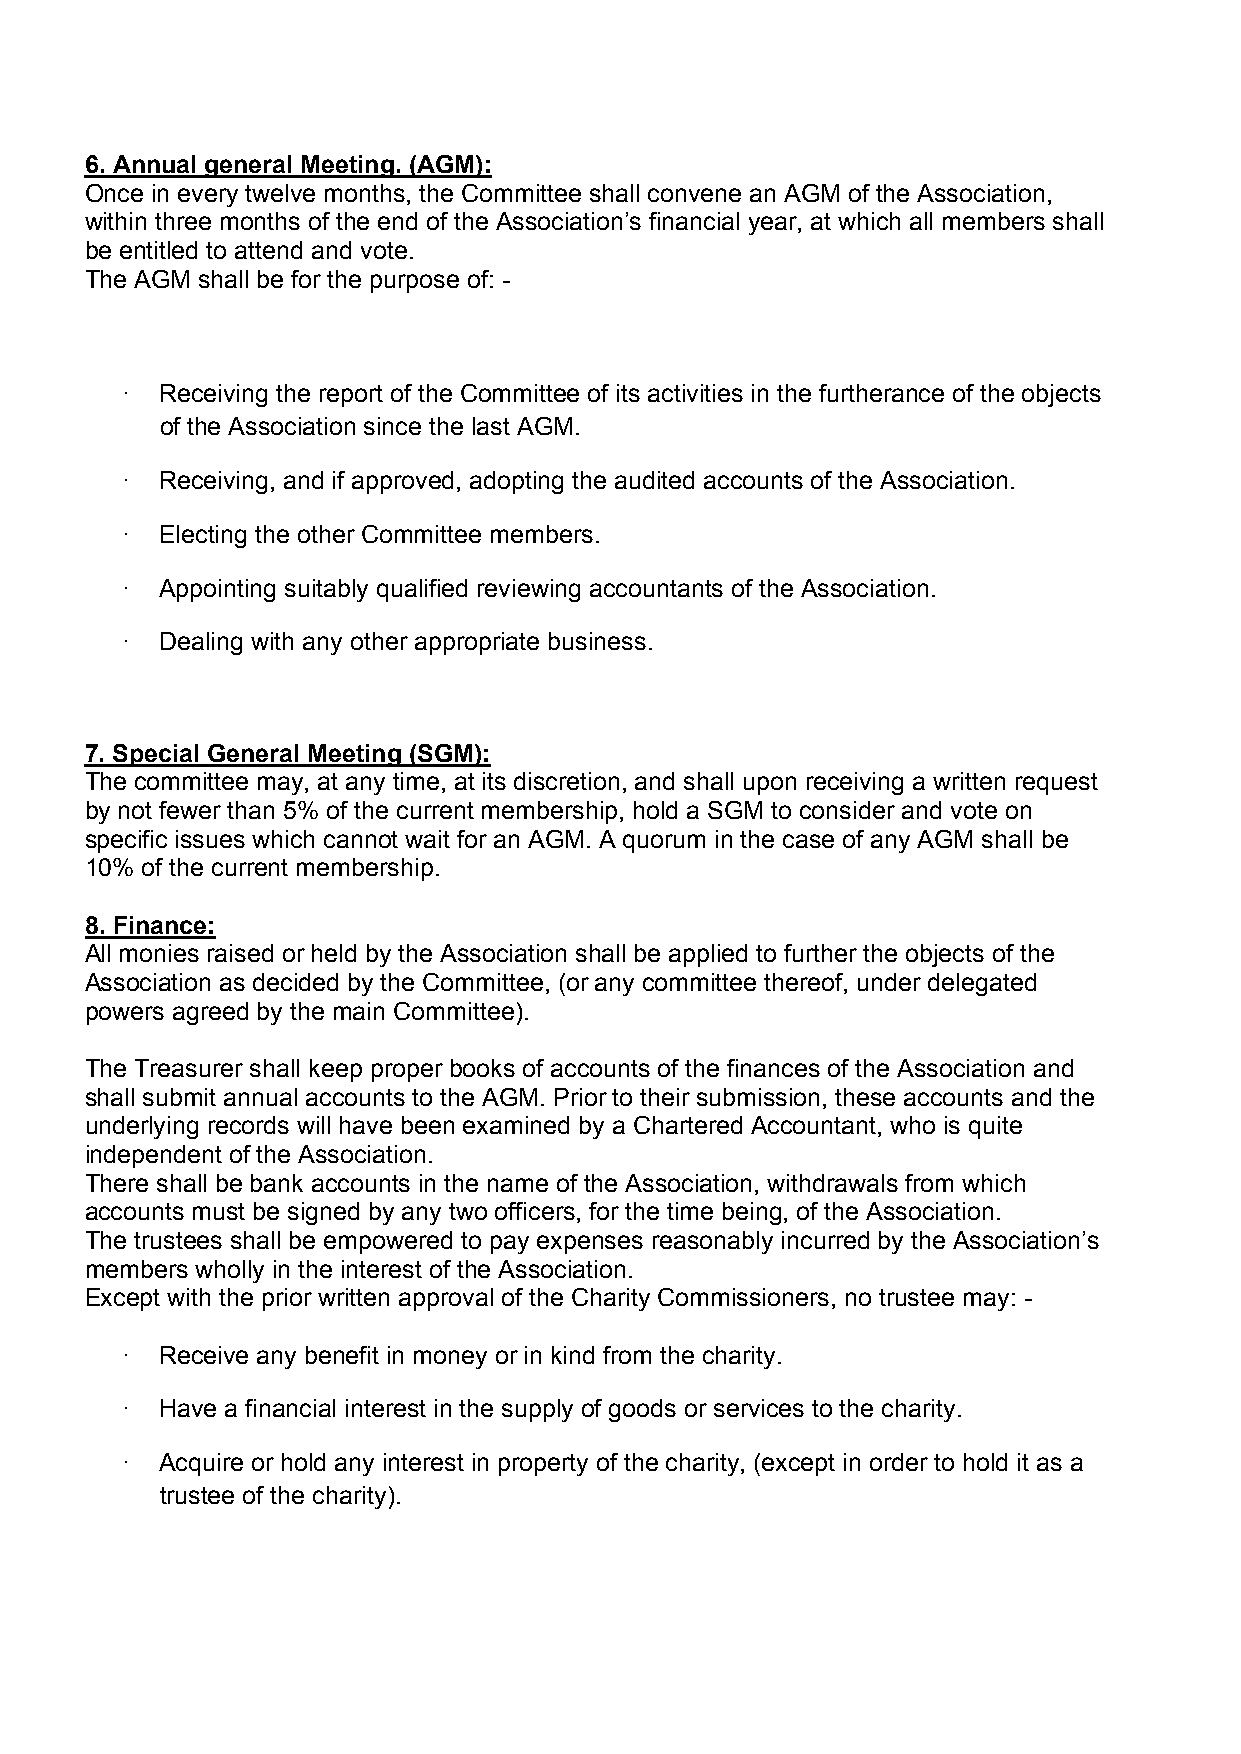
6. Annual general Meeting. (AGM):
 Once in every twelve months, the Committee shall convene an AGM of the Association,
 within three months of the end of the Association’s financial year, at which all members shall
 be entitled to attend and vote.
 The AGM shall be for the purpose of: -
 ·  Receiving the report of the Committee of its activities in the furtherance of the objects
 of the Association since the last AGM.
 ·  Receiving, and if approved, adopting the audited accounts of the Association.
 ·  Electing the other Committee members.
 ·  Appointing suitably qualified reviewing accountants of the Association.
 ·  Dealing with any other appropriate business.
 7. Special General Meeting (SGM):
 The committee may, at any time, at its discretion, and shall upon receiving a written request
 by not fewer than 5% of the current membership, hold a SGM to consider and vote on
 specific issues which cannot wait for an AGM. A quorum in the case of any AGM shall be
 10% of the current membership.
 8. Finance:
 All monies raised or held by the Association shall be applied to further the objects of the
 Association as decided by the Committee, (or any committee thereof, under delegated
 powers agreed by the main Committee).
 The Treasurer shall keep proper books of accounts of the finances of the Association and
 shall submit annual accounts to the AGM. Prior to their submission, these accounts and the
 underlying records will have been examined by a Chartered Accountant, who is quite
 independent of the Association.
 There shall be bank accounts in the name of the Association, withdrawals from which
 accounts must be signed by any two officers, for the time being, of the Association.
 The trustees shall be empowered to pay expenses reasonably incurred by the Association’s
 members wholly in the interest of the Association.
 Except with the prior written approval of the Charity Commissioners, no trustee may: -
 ·  Receive any benefit in money or in kind from the charity.
 ·  Have a financial interest in the supply of goods or services to the charity.
 ·  Acquire or hold any interest in property of the charity, (except in order to hold it as a
 trustee of the charity).